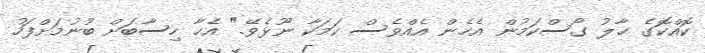
ކޮއްކޮގެ ޙާލު ގޯސްކަމުން އެހެން އެއްވެސް ކަމަކާ ނޫޅެވޭ." އެހާ ހިސާބަށް ބުނުމަށްފަހު